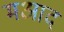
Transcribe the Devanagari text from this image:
मआद